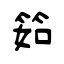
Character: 筎